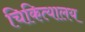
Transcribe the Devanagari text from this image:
चिकित्यालय